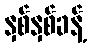
နှစ်နှစ်ခန့်